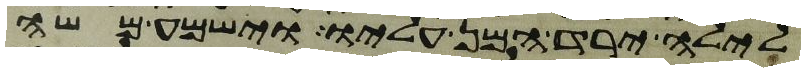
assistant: לילה ירד המן עליו וישמע משה